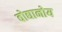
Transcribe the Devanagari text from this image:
वोद्यानोय